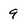
Character: 9